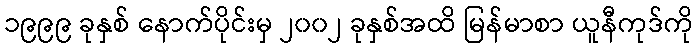
၁၉၉၉ ခုနှစ် နောက်ပိုင်းမှ ၂၀၀၂ ခုနှစ်အထိ မြန်မာစာ ယူနီကုဒ်ကို